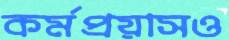
কর্মপ্রয়াসও